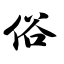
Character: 俗